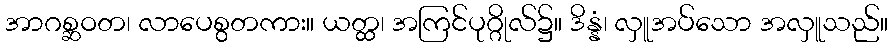
အာဂစ္ဆဝတ၊ လာပေစွတကား။ ယတ္ထ၊ အကြင်ပုဂ္ဂိုလ်၌။ ဒိန္နံ၊ လှူအပ်သော အလှူသည်။